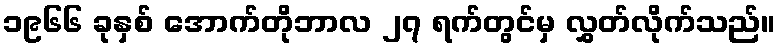
၁၉၆၆ ခုနှစ် အောက်တိုဘာလ ၂၇ ရက်တွင်မှ လွှတ်လိုက်သည်။